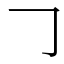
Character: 𠃌